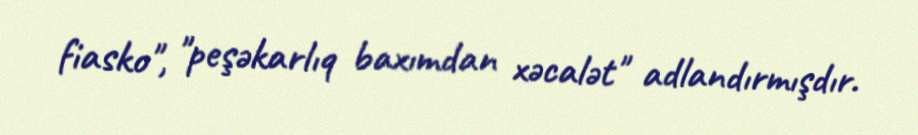
fiasko", "peşəkarlıq baxımdan xəcalət" adlandırmışdır.